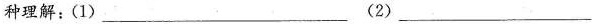
种理解：(1)___(2)___